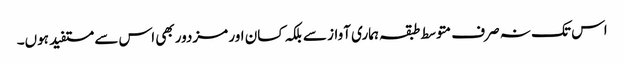
اس تک نہ صرف متوسط طبقہ ہماری آواز سے بلکہ کسان اور مزدور بھی اس سے مستفید ہوں۔